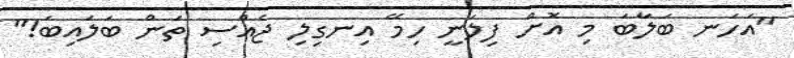
"އަހަނ ބަލާބަ މި އޮށް ފިލަނީ ހިމޭ އިނގިލި ޖެއްސި ތަން ބަލައިބަ!"